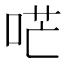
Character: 𠴏